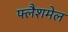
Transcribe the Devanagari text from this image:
फ्लैशमेल